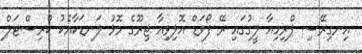
އިނގިރޭސި ޕްރިމިއާ ލީގުގައި ރޭ ފޯވަޑް އޮލިވިއާ ޖިރޫގެ މޮޅު ލަނޑަކާއެކު ކްރިސްޓަލް